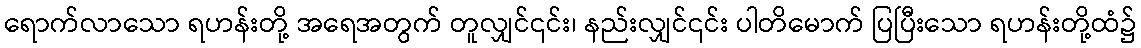
ရောက်လာသော ရဟန်းတို့ အရေအတွက် တူလျှင်၎င်း၊ နည်းလျှင်၎င်း ပါတိမောက် ပြပြီးသော ရဟန်းတို့ထံ၌